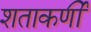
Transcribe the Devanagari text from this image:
शताकर्णी